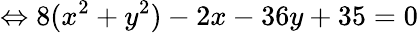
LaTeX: \Leftrightarrow 8(x^{2}+y^{2})-2x-36y+35=0